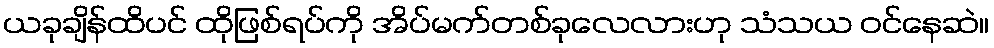
ယခုချိန်ထိပင် ထိုဖြစ်ရပ်ကို အိပ်မက်တစ်ခုလေလားဟု သံသယ ဝင်နေဆဲ။